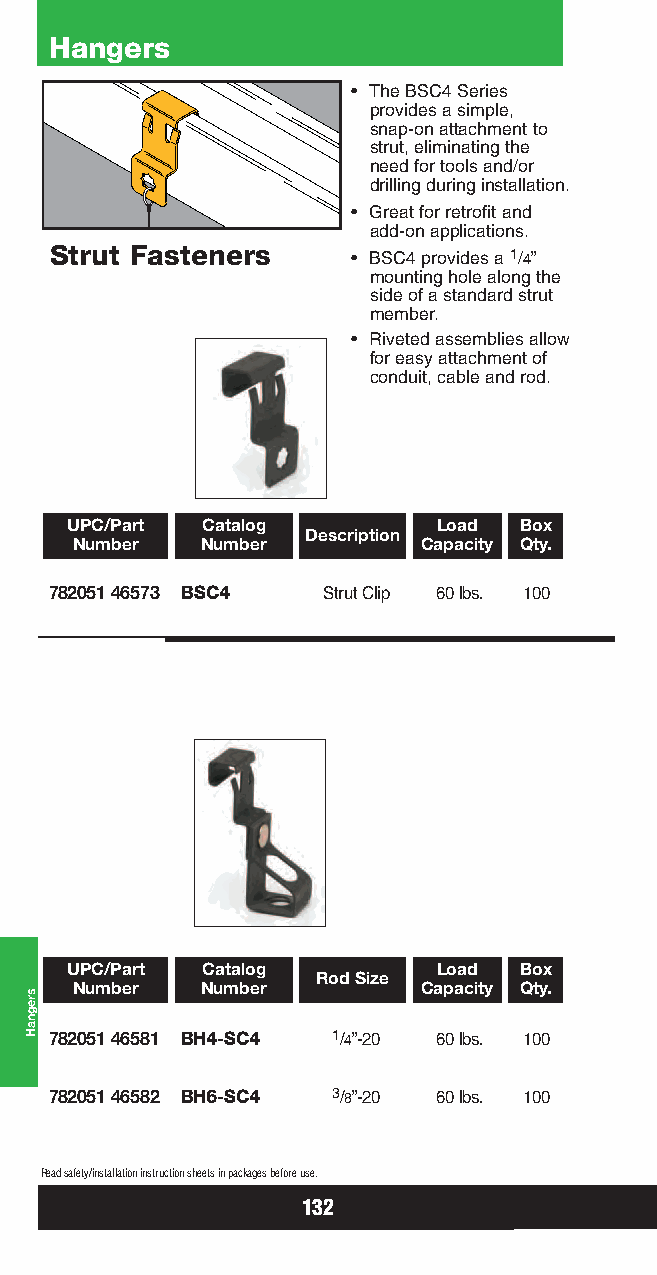
Hangers
 • The BSC4 Series
 provides a simple,
 snap-on attachment to
 strut, eliminating the
 need for tools and/or
 drilling during installation.
 • Great for retrofit and
 add-on applications.
 Strut Fasteners     • BSC4 provides a 1/4”
 mounting hole along the
 side of a standard strut
 member.
 • Riveted assemblies allow
 for easy attachment of
 conduit, cable and rod.
 UPC/Part Catalog         Load Box
 Description
 Number  Number         Capacity Qty.
 782051 46573 BSC4 Strut Clip 60 lbs. 100
 UPC/Part Catalog         Load Box
 Rod Size
 Number  Number         Capacity Qty.
 782051 46581 BH4-SC4 1/4”-20 60 lbs. 100
 782051 46582 BH6-SC4 3/8”-20 60 lbs. 100
 Read safety/installation instruction sheets in packages before use.
 132
 sregnaH